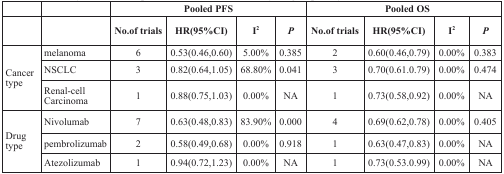
<table><thead><tr><td></td><td></td><td colspan="4"><b>Pooled PFS</b></td><td colspan="4"><b>Pooled OS</b></td></tr><tr><td></td><td></td><td><b>No.of trials</b></td><td><b>HR(95%CI)</b></td><td><b>I<sup>2</sup></b></td><td><b><i>P</i></b></td><td><b>No.of trials</b></td><td><b>HR(95%CI)</b></td><td><b>I<sup>2</sup></b></td><td><b><i>P</i></b></td></tr></thead><tbody><tr><td rowspan="3">Cancer type</td><td>melanoma</td><td>6</td><td>0.53(0.46,0.60)</td><td>5.00%</td><td>0.385</td><td>2</td><td>0.60(0.46,0.79)</td><td>0.00%</td><td>0.383</td></tr><tr><td>NSCLC</td><td>3</td><td>0.82(0.64,1.05)</td><td>68.80%</td><td>0.041</td><td>3</td><td>0.70(0.61.0.79)</td><td>0.00%</td><td>0.474</td></tr><tr><td>Renal-cell Carcinoma</td><td>1</td><td>0.88(0.75,1.03)</td><td>0.00%</td><td>NA</td><td>1</td><td>0.73(0.58,0.92)</td><td>0.00%</td><td>NA</td></tr><tr><td rowspan="3">Drug type</td><td>Nivolumab</td><td>7</td><td>0.63(0.48,0.83)</td><td>83.90%</td><td>0.000</td><td>4</td><td>0.69(0.62,0.78)</td><td>0.00%</td><td>0.405</td></tr><tr><td>pembrolizumab</td><td>2</td><td>0.58(0.49,0.68)</td><td>0.00%</td><td>0.918</td><td>1</td><td>0.63(0.47,0.83)</td><td>0.00%</td><td>NA</td></tr><tr><td>Atezolizumab</td><td>1</td><td>0.94(0.72,1.23)</td><td>0.00%</td><td>NA</td><td>1</td><td>0.73(0.53.0.99)</td><td>0.00%</td><td>NA</td></tr></tbody></table>